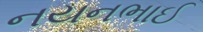
નયનભાઈ